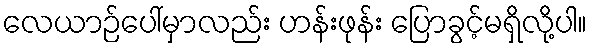
လေယာဉ်ပေါ်မှာလည်း ဟန်းဖုန်း ပြောခွင့်မရှိလို့ပါ။